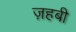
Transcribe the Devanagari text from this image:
ज़हबी